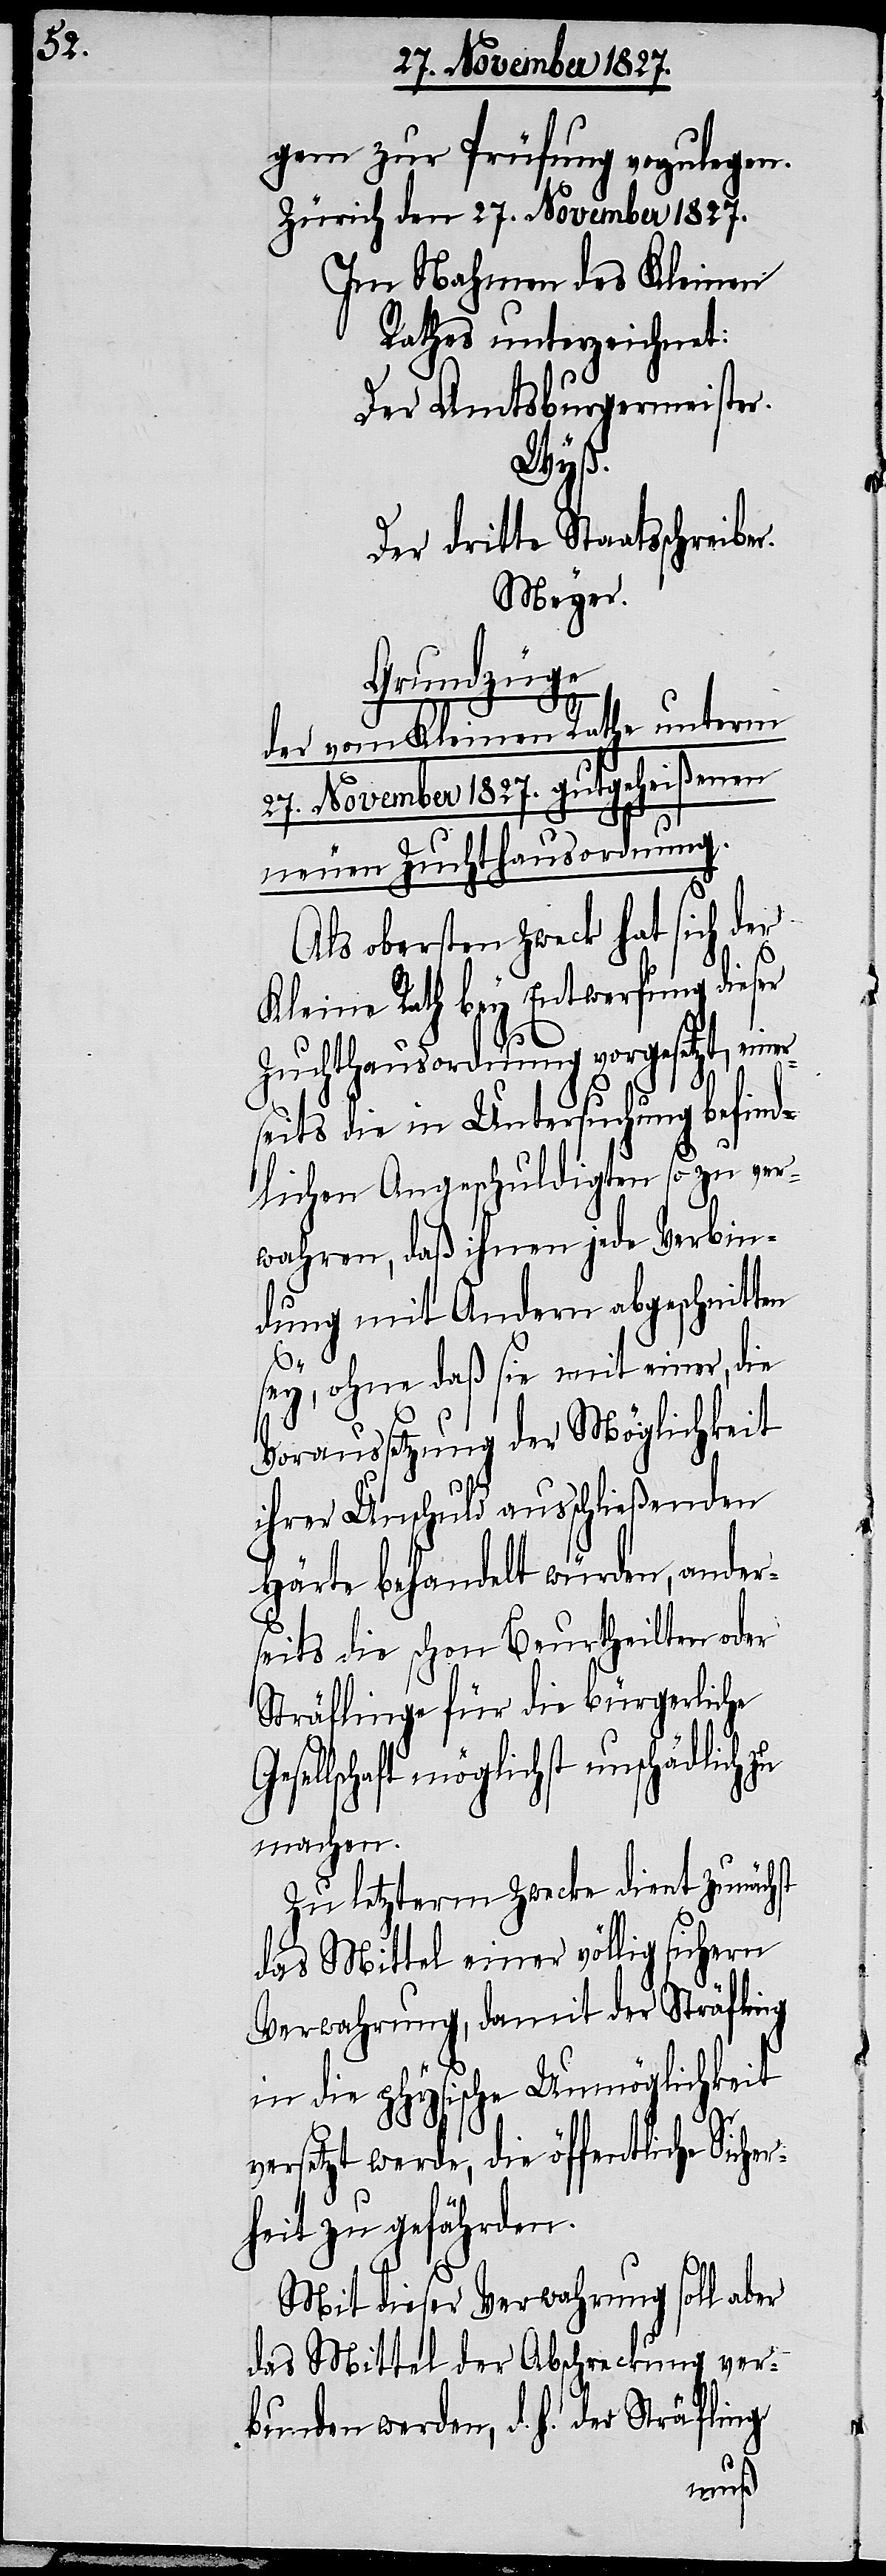
gem zur Prüfung vorzulegen.
Zürich den 27. November 1827.
Im Nahmen des Kleinen
Rathes unterzeichnet:
Der Amtsburgermeister.
Gese¬
Der dritte Staatsschreiber.
Meyer.
Grundzüge
der vom Kleinen Rathe unterm
27. November 1827. gutgeheißenen
neuen Zuchthausordnung.
Als obersten Zweck hat sich der
Kleine Rath bey Entwerfung dieser
Zuchthausordnung vorgesetzt, einer¬
seits die in Untersuchung befind¬
zu ver¬
lichen Angeschuldigten
wahren, daß ihnen jede Verbin¬
dung mit Andern abgeschnitten
sey, ohne daß sie mit einer, die
Voraussetzung der Möglichkeit
ihrer Unschuld ausschließenden
Härte behandelt würden, ander¬
seits die schon Beurtheilten oder
Sträflinge für die bürgerliche
llschaft möglichst unschädlich
machen.
Zu letzterm Zwecke dient zunächst
das Mittel einer völlig sichern
Verwahrung, damit der Sträfling
in die physische Unmöglichkeit
versetzt werde, die öffentliche Siche¬
rheit zu gefährden.
Mit dieser Verwahrung soll aber
das Mittel der Abschreckung ver¬
bunden werden, d. h. der Sträfling